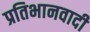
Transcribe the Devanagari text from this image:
प्रतिभानवादी